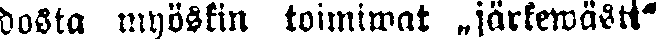
dosta myöskin toimiwat „järkewästi"